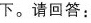
下。请回答：